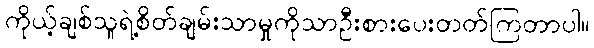
ကိုယ့်ချစ်သူရဲ့စိတ်ချမ်းသာမှုကိုသာဦးစားပေးတတ်ကြတာပါ။